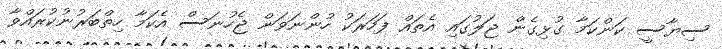
ސިޔާސީ ކަންކަމާ ގުޅިގެން ޖަލުގައި އެތައް ފަހަރަކު ހުންނަވަން ޖެހުނަސް އެކަމާ ހިތްބަރުނުކުރައްވާ